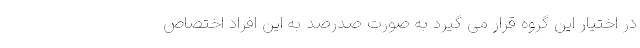
در اختیار این گروه قرار می گیرد به صورت صدرصد به این افراد اختصاص